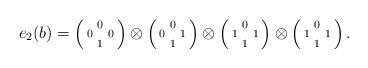
LaTeX: \begin{align*}e_2(b) = \begin{psmallmatrix}& 0 & \\0 & & 0 \\& 1 &\end{psmallmatrix}\otimes\begin{psmallmatrix}& 0 & \\0 & & 1 \\& 1 &\end{psmallmatrix}\otimes\begin{psmallmatrix}& 0 & \\1 & & 1 \\& 1 &\end{psmallmatrix}\otimes\begin{psmallmatrix}& 0 & \\1 & & 1 \\& 1 &\end{psmallmatrix} \,.\end{align*}